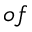
o f